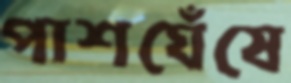
পাশঘেঁষে